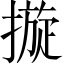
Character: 𢳄